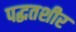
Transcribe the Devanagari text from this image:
पद्घतशीर